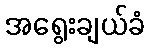
အရွေးချယ်ခံ